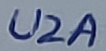
Text: U2A